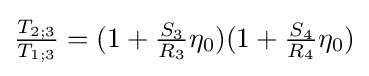
{\tfrac {T_{2;3}}{T_{1;3}}}=(1+{\tfrac {S_{3}}{R_{3}}}\eta _{0})(1+{\tfrac {S_{4}}{R_{4}}}\eta _{0})